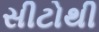
સીટોથી